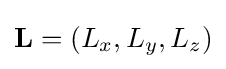
\mathbf {L} =\left(L_{x},L_{y},L_{z}\right)